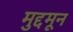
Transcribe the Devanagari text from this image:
मुद्दमून